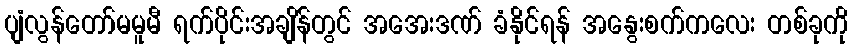
ပျံလွန်တော်မမူမီ ရက်ပိုင်းအချိန်တွင် အအေးဒဏ် ခံနိုင်ရန် အနွေးစက်ကလေး တစ်ခုကို